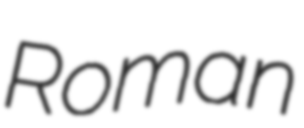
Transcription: Roman